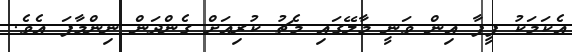
އެކަމަކު ފީފާ އިން ވަނީ މާލޭގައި މެޗު ކުރިއަށް ގެންދަން ނިންމާފަ އެވެ.